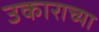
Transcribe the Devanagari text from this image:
उकाराच्या